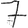
Digit: 7